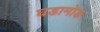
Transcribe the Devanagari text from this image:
घडामोड